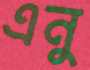
এনু